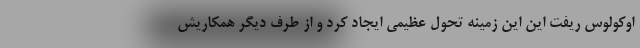
اوکولوس ریفت این این زمینه تحول عظیمی ایجاد کرد و از طرف دیگر همکاریش